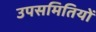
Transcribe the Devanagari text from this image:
उपसमितियों